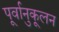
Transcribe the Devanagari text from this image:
पूर्वानुकूलन